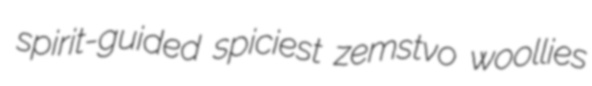
spirit-guided spiciest zemstvo woollies